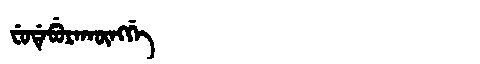
Manchu: ᠸᡠᡩᡝᠪᡠᡵᠠᡴᡡᠩᡤᡝ
Romanization: FUDEBURAKŪNGGE